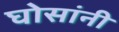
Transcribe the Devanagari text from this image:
घोसांनी